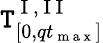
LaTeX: \mathtt{T}_{[0,qt_{\mathrm{{~m~a~x~}}}]}^{\mathrm{{~I~,~I~I~}}}